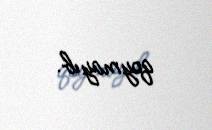
qoymayıb.